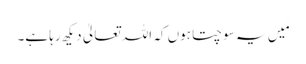
مَیں یہ سوچتا ہوں کہ اللہ تعالیٰ دیکھ رہا ہے۔